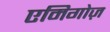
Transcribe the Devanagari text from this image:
एमिगोज़